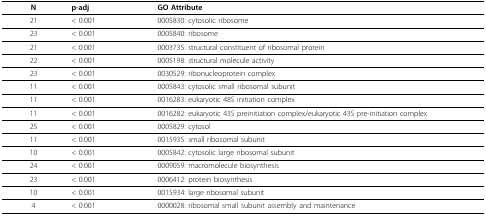
<table><thead><tr><td><b>N</b></td><td><b>p-adj</b></td><td><b>GO Attribute</b></td></tr></thead><tbody><tr><td>21</td><td>&lt; 0.001</td><td>0005830: cytosolic ribosome</td></tr><tr><td>23</td><td>&lt; 0.001</td><td>0005840: ribosome</td></tr><tr><td>21</td><td>&lt; 0.001</td><td>0003735: structural constituent of ribosomal protein</td></tr><tr><td>22</td><td>&lt; 0.001</td><td>0005198: structural molecule activity</td></tr><tr><td>23</td><td>&lt; 0.001</td><td>0030529: ribonucleoprotein complex</td></tr><tr><td>11</td><td>&lt; 0.001</td><td>0005843: cytosolic small ribosomal subunit</td></tr><tr><td>11</td><td>&lt; 0.001</td><td>0016283: eukaryotic 48S initiation complex</td></tr><tr><td>11</td><td>&lt; 0.001</td><td>0016282: eukaryotic 43S preinitiation complex/eukaryotic 43S pre-initiation complex</td></tr><tr><td>25</td><td>&lt; 0.001</td><td>0005829: cytosol</td></tr><tr><td>11</td><td>&lt; 0.001</td><td>0015935: small ribosomal subunit</td></tr><tr><td>10</td><td>&lt; 0.001</td><td>0005842: cytosolic large ribosomal subunit</td></tr><tr><td>24</td><td>&lt; 0.001</td><td>0009059: macromolecule biosynthesis</td></tr><tr><td>23</td><td>&lt; 0.001</td><td>0006412: protein biosynthesis</td></tr><tr><td>10</td><td>&lt; 0.001</td><td>0015934: large ribosomal subunit</td></tr><tr><td>4</td><td>&lt; 0.001</td><td>0000028: ribosomal small subunit assembly and maintenance</td></tr></tbody></table>